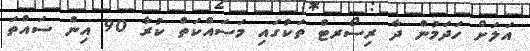
އަލަށް ހަދަމުން ދާ ރިސޯރޓް ތަކުގައި މަސައްކަތް ކުރާ 90 އިން ސައްތަ